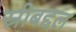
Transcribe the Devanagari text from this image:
स्रीबद्दल